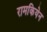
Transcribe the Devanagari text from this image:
रामकियेन